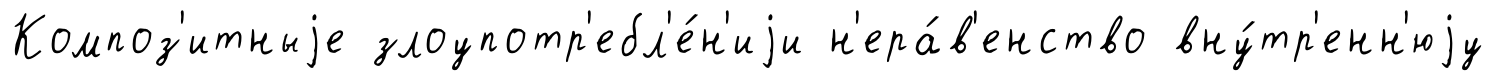
Композ'итныjе злоупотр'ебл'е́н'иjи н'ера́в'енство вну́тр'енн'юjу